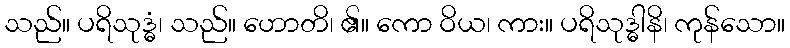
သည်။ ပရိသုဒ္ဓံ၊ သည်။ ဟောတိ၊ ၏။ ကော ဝိယ၊ ကား။ ပရိသုဒ္ဓါနိ၊ ကုန်သော။